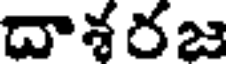
దాశరజ